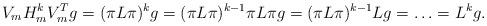
LaTeX: \begin{align*}V_mH_m^kV_m^T g = (\pi L \pi )^kg = (\pi L \pi)^{k-1}\pi L \pi g =(\pi L \pi)^{k-1} Lg = \ldots = L^k g. \end{align*}